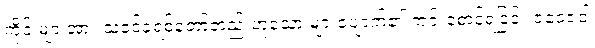
ကိုင်းများအား သခင်ခရစ်တော်တည်းဟူသော များပျောက်၏ ကင်းစောင့်ရခြင်း ဇဝေဇဝါ